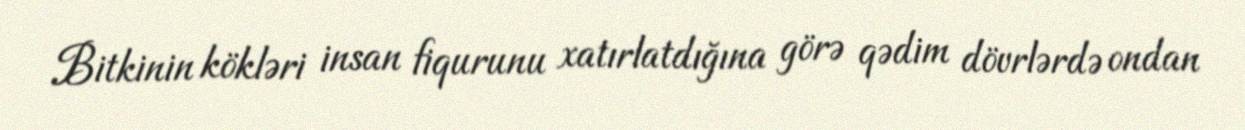
Bitkinin kökləri insan fiqurunu xatırlatdığına görə qədim dövrlərdə ondan